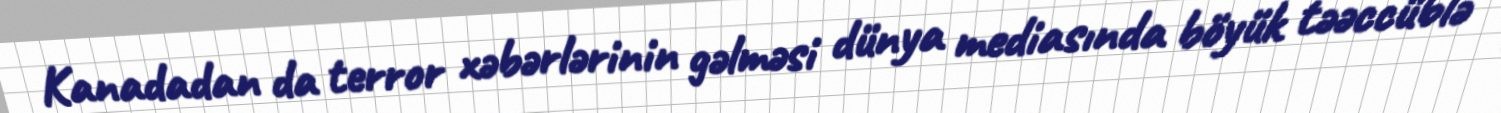
Kanadadan da terror xəbərlərinin gəlməsi dünya mediasında böyük təəccüblə